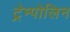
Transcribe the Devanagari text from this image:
ट्रेम्पोलिन